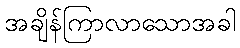
အချိန်ကြာလာသောအခါ